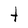
Character: t